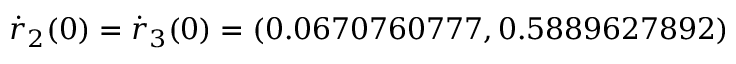
\dot { \boldsymbol { r } } _ { 2 } ( 0 ) = \dot { \boldsymbol { r } } _ { 3 } ( 0 ) = ( 0 . 0 6 7 0 7 6 0 7 7 7 , 0 . 5 8 8 9 6 2 7 8 9 2 )